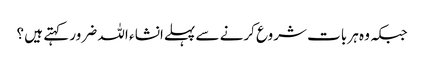
جبکہ وہ ہر بات شروع کرنے سے پہلےانشا ء اللہ ضرور کہتے ہیں ؟